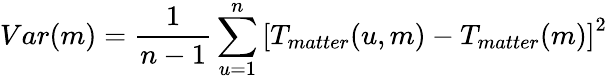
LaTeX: Var(m)=\frac{1}{n-1}\sum_{u=1}^{n}\left[T_{matter}(u,m)-T_{matter}(m)\right]^{2}